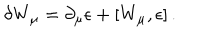
\delta W _ { \mu } = \partial _ { \mu } \epsilon + [ W _ { \mu } , \epsilon ] \, .